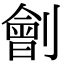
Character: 劊